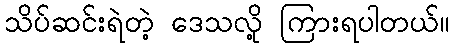
သိပ်ဆင်းရဲတဲ့ ဒေသလို့ ကြားရပါတယ်။